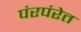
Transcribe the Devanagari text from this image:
पंरपंरेत